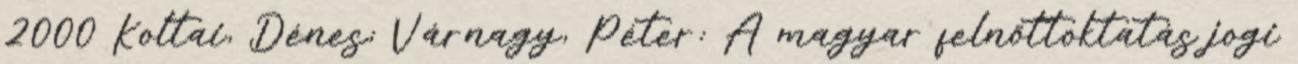
2000 Koltai, Dénes; Várnagy, Péter: A magyar felnőttoktatás jogi